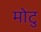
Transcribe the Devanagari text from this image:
मोटु